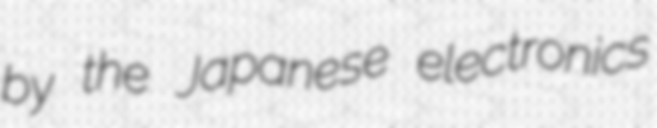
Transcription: by the Japanese electronics